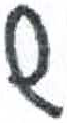
אות: ש